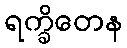
ရက္ခိတေန